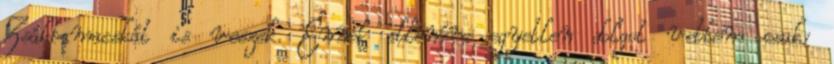
Zsákbamacskát is veszek. Ennek ellenére egyetlen dolgot vettem csak: